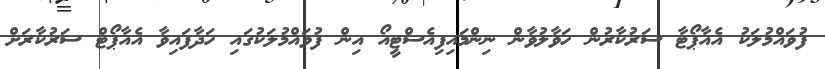
ފުވައްމުލަކު އެއާޕޯޓާ ސަރުކާރުން ހަވާލުވާން ނިންމައިފިއެސްޓީއޯ އިން ފުވައްމުލަކުގައި ހަދާފައިވާ އެއާޕޯޓް ސަރުކާރަށް